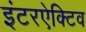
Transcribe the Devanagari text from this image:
इंटरऐक्टिव